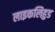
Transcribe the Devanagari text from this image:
लाइकलिहुड